Vaccination in the Punjab 1867-1880 - 1867-1880
Year: 1867
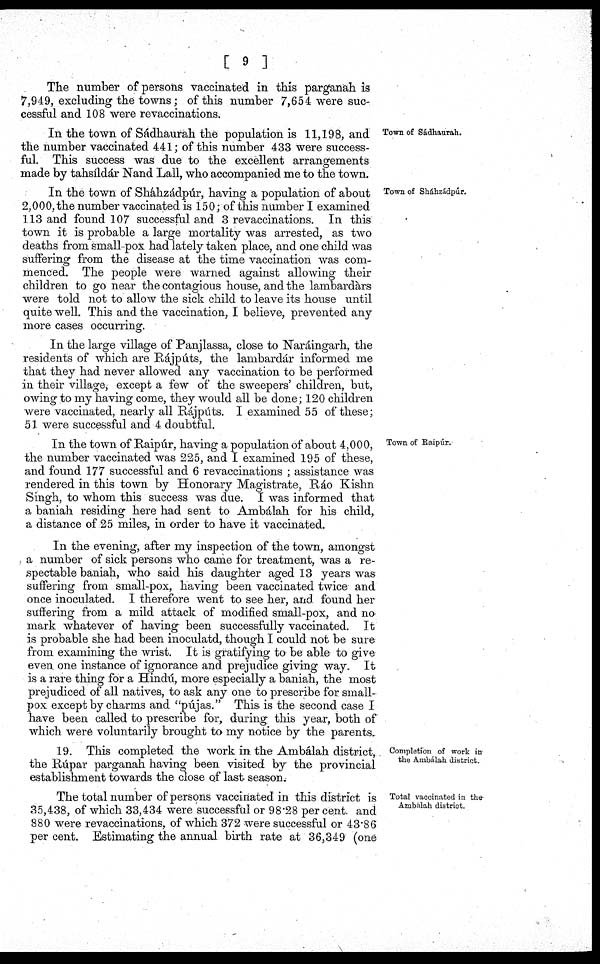
[ 9 ]
The number of persons vaccinated in this parganah is
7,949, excluding the towns; of this number 7,654 were suc-
cessful and 108 were revaccinations.
Town of Sádhaurah.
In the town of Sádhaurah the population is 11,198, and
the number vaccinated 441; of this number 433 were success-
ful. This success was due to the excellent arrangements
made by tahsíldár Nand Lall, who accompanied me to the town.
Town of Sháhzádpúr.
In the town of Sháhzádpúr, having a population of about
2,000, the number vaccinated is 150; of this number I examined
113 and found 107 successful and 3 revaccinations. In this
town it is probable a large mortality was arrested, as two
deaths from small-pox had lately taken place, and one child was
suffering from the disease at the time vaccination was com-
menced. The people were warned against allowing their
children to go near the contagious house, and the lambardárs
were told not to allow the sick child to leave its house until
quite well. This and the vaccination, I believe, prevented any
more cases occurring.
In the large village of Panjlassa, close to Naráingarh, the
residents of which are Rájputs, the lanibardár informed me
that they had never allowed any vaccination to be performed
in their village, except a few of the sweepers' children, but,
owing to my having come, they would all be done; 120 children
were vaccinated, nearly all Rajputs. I examined 55 of these;
51 were successful and 4 doubtful.
Town of Raipúr.
In the town of Raipúr, having a population of about 4,000,
the number vaccinated was 225, and I examined 195 of these,
and found 177 successful and 6 revaccinations ; assistance was
rendered in this town by Honorary Magistrate, Ráo Kishn
Singh, to whom this success was due. I was informed that
a baniah residing here had sent to Ambálah for his child,
a distance of 25 miles, in order to have it vaccinated.
In the evening, after my inspection of the town, amongst
a number of sick persons who came for treatment, was a re-
spectable baniah, who said his daughter aged 13 years was
suffering from small-pox, having been vaccinated twice and
once inoculated. 1 therefore went to see her, and found her
suffering from a mild attack of modified small-pox, and no
mark whatever of having been successfully vaccinated. It
is probable she had been inoculatd, though I could not be sure
from examining the wrist. It is gratifying to be able to give
even one instance of ignorance and prejudice giving way. It
is a rare thing for a Hindú, more especially a baniah, the most
prejudiced of all natives, to ask any one to prescribe for small-
pox except by charms and "pújas." This is the second case I
have been called to prescribe for, during this year, both of
which were voluntarily brought to my notice by the parents.
Completion of work in
the Ambálah district.
19. This completed the work in the Ambálah district,
the Rúpar parganah having been visited by the provincial
establishment towards the close of last season.
Total vaccinated in the-
Ambalah district.
The total number of persons vaccinated in this district is
35,438, of which 33,434 were successful or 98.28 per cent. and
880 were revaccinations, of which 372 were successful or 43.86
per cent. Estimating the annual birth rate at 36,349 (one